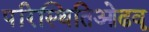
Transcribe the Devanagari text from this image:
परिस्थितिओढवू